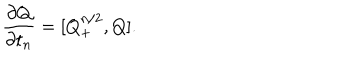
\frac { \partial Q } { \partial t _ { n } } = [ Q _ { + } ^ { n / 2 } , Q ] .